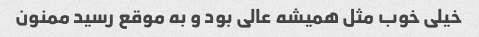
خیلی خوب مثل همیشه عالی بود و به موقع رسید ممنون